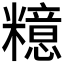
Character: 𱹤